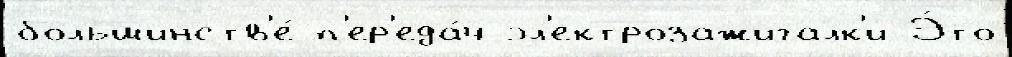
большинств'е́ п'ер'еда́ч эл'ектрозажигалк'и Э́то